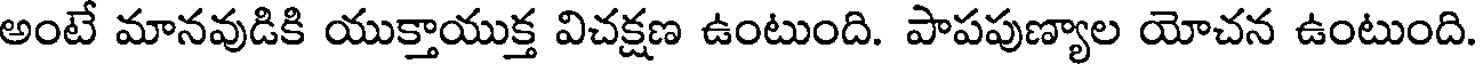
అంటే మానవుడికి యుక్తాయుక్త విచక్షణ ఉంటుంది. పాపపుణ్యాల యోచన ఉంటుంది